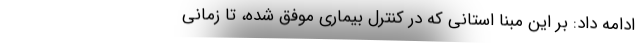
ادامه داد: بر این مبنا استانی که در کنترل بیماری موفق شده، تا زمانی